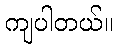
ကျပါတယ်။